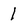
Character: 1